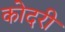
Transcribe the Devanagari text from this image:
कोदरी